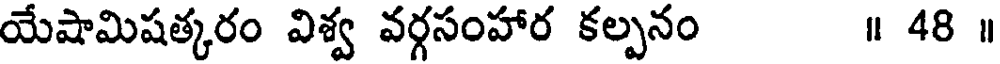
యేషామిషత్కరం విశ్వ వర్గసంహార కల్పనం ॥ 48 ॥